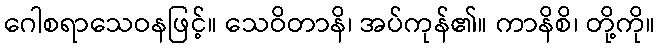
ဂေါစရာသေဝနဖြင့်။ သေဝိတာနိ၊ အပ်ကုန်၏။ ကာနိစိ၊ တို့ကို။